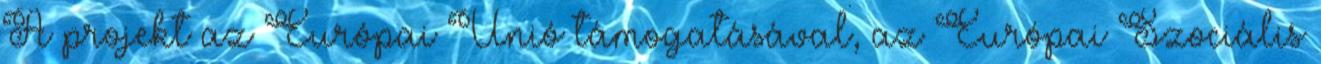
A projekt az Európai Unió támogatásával, az Európai Szociális